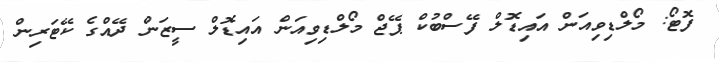
ފޮޓޯ: މޯލްޑިވިއަން އައިޑޮލް ފޭސްބުކް ޕޭޖް މޯލްޑިވިއަން އައިޑޮލް ސީޒަން ދޭއްގެ ކޭޓަރިން